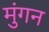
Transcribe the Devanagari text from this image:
मुंगन